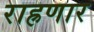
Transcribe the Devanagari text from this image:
राह्रणार